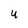
Character: U